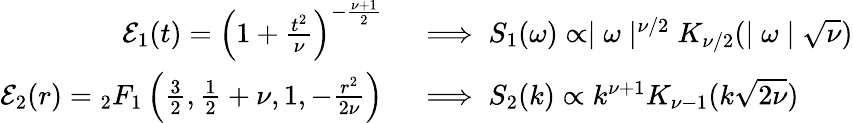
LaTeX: \begin{array}{rl}{\mathcal{E}_{1}(t)=\left(1+\frac{t^{2}}{\nu}\right)^{-\frac{\nu+1}{2}}}&{{}\implies S_{1}(\omega)\propto\mid\omega\mid^{\nu/2}K_{\nu/2}(\mid\omega\mid\sqrt{\nu})}\\ {\mathcal{E}_{2}(r)={}_{2}F_{1}\left(\frac{3}{2},\frac{1}{2}+\nu,1,-\frac{r^{2}}{2\nu}\right)}&{{}\implies S_{2}(k)\propto k^{\nu+1}K_{\nu-1}(k\sqrt{2\nu})}\end{array}